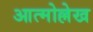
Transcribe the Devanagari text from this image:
आत्मोल्लेख